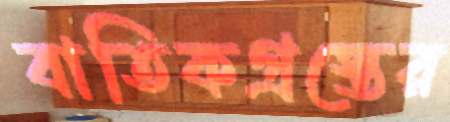
বাতিকগ্রস্তের